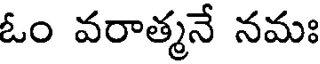
ఓం వరాత్మనే నమః